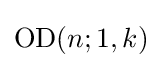
\mathrm {OD} (n;1,k)